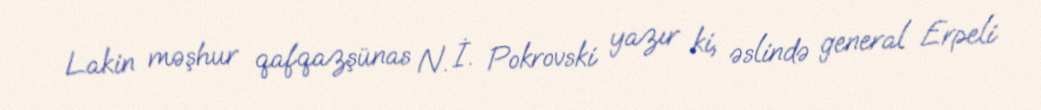
Lakin məşhur qafqazşünas N. İ. Pokrovski yazır ki, əslində general Erpeli